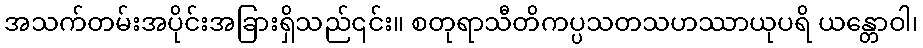
အသက်တမ်းအပိုင်းအခြားရှိသည်၎င်း။ စတုရာသီတိကပ္ပသတသဟဿာယုပရိ ယန္တောဝါ၊